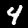
Label: 4